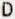
D